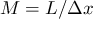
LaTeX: M = L / \Delta x